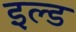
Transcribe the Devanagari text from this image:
इल्ड